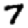
Digit: 7